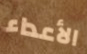
الأعداء